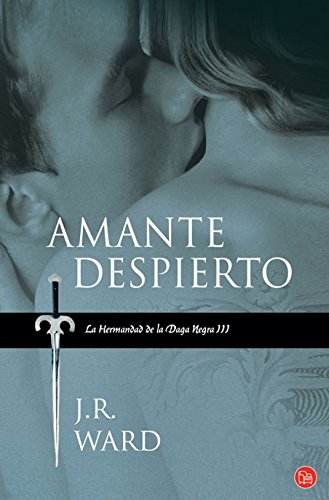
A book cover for Amante despierto (Hermandad de la Daga Negra) (Spanish Edition); J. R. Ward; Romance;